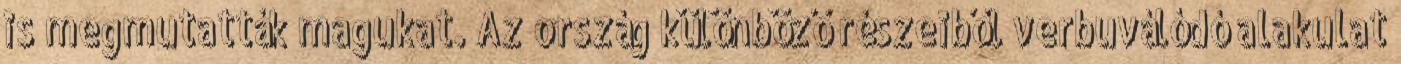
is megmutatták magukat. Az ország különböző részeiből verbuválódó alakulat